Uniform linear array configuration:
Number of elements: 4
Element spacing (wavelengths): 1
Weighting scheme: exponential
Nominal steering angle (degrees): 45
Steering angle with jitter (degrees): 45.616
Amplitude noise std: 0.05
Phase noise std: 0.05

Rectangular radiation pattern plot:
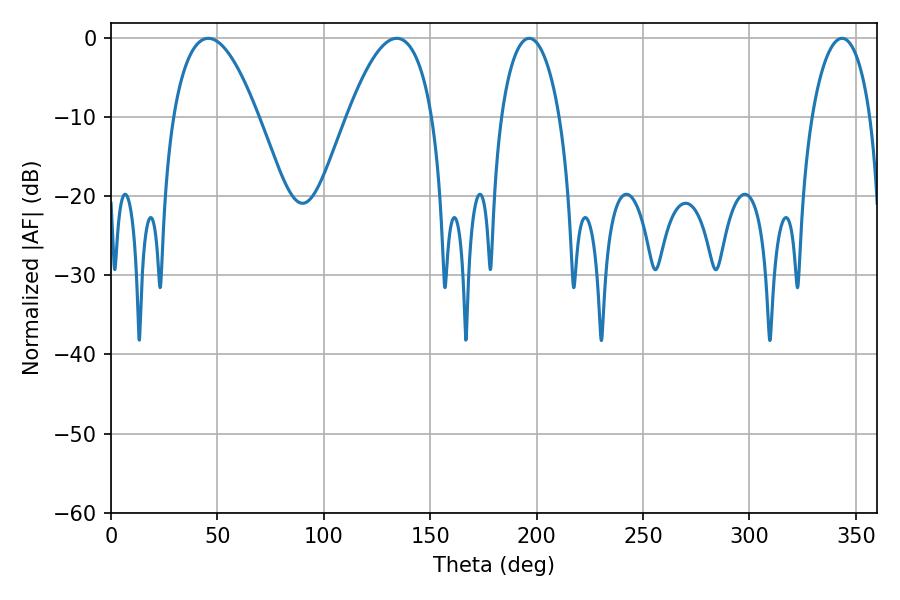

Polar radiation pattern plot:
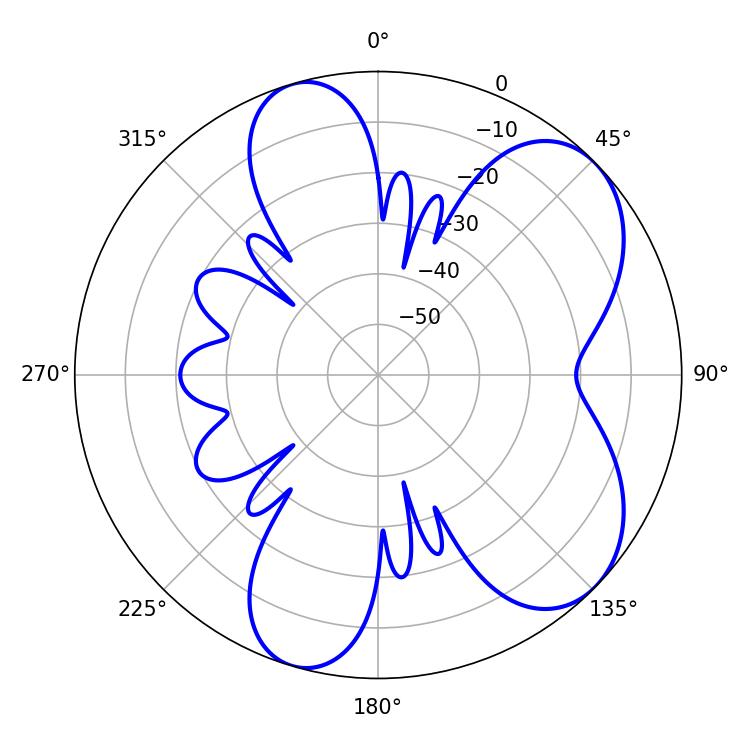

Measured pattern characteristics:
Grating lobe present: TRUE
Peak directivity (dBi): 6.609
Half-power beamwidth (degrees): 21.96
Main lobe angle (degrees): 45.72